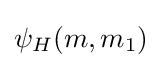
\psi _{H}(m,m_{1})